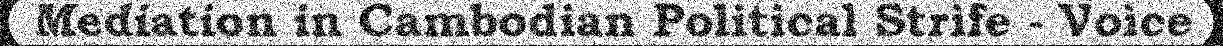
Mediation in Cambodian Political Strife - Voice